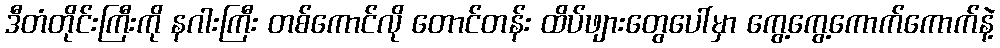
ဒီတံတိုင်းကြီးကို နဂါးကြီး တစ်ကောင်လို တောင်တန်း ထိပ်ဖျားတွေပေါ်မှာ ကွေ့ကွေ့ကောက်ကောက်နဲ့